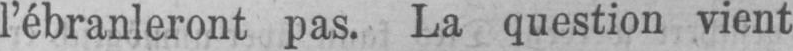
l’ébranleront pas. La question vient